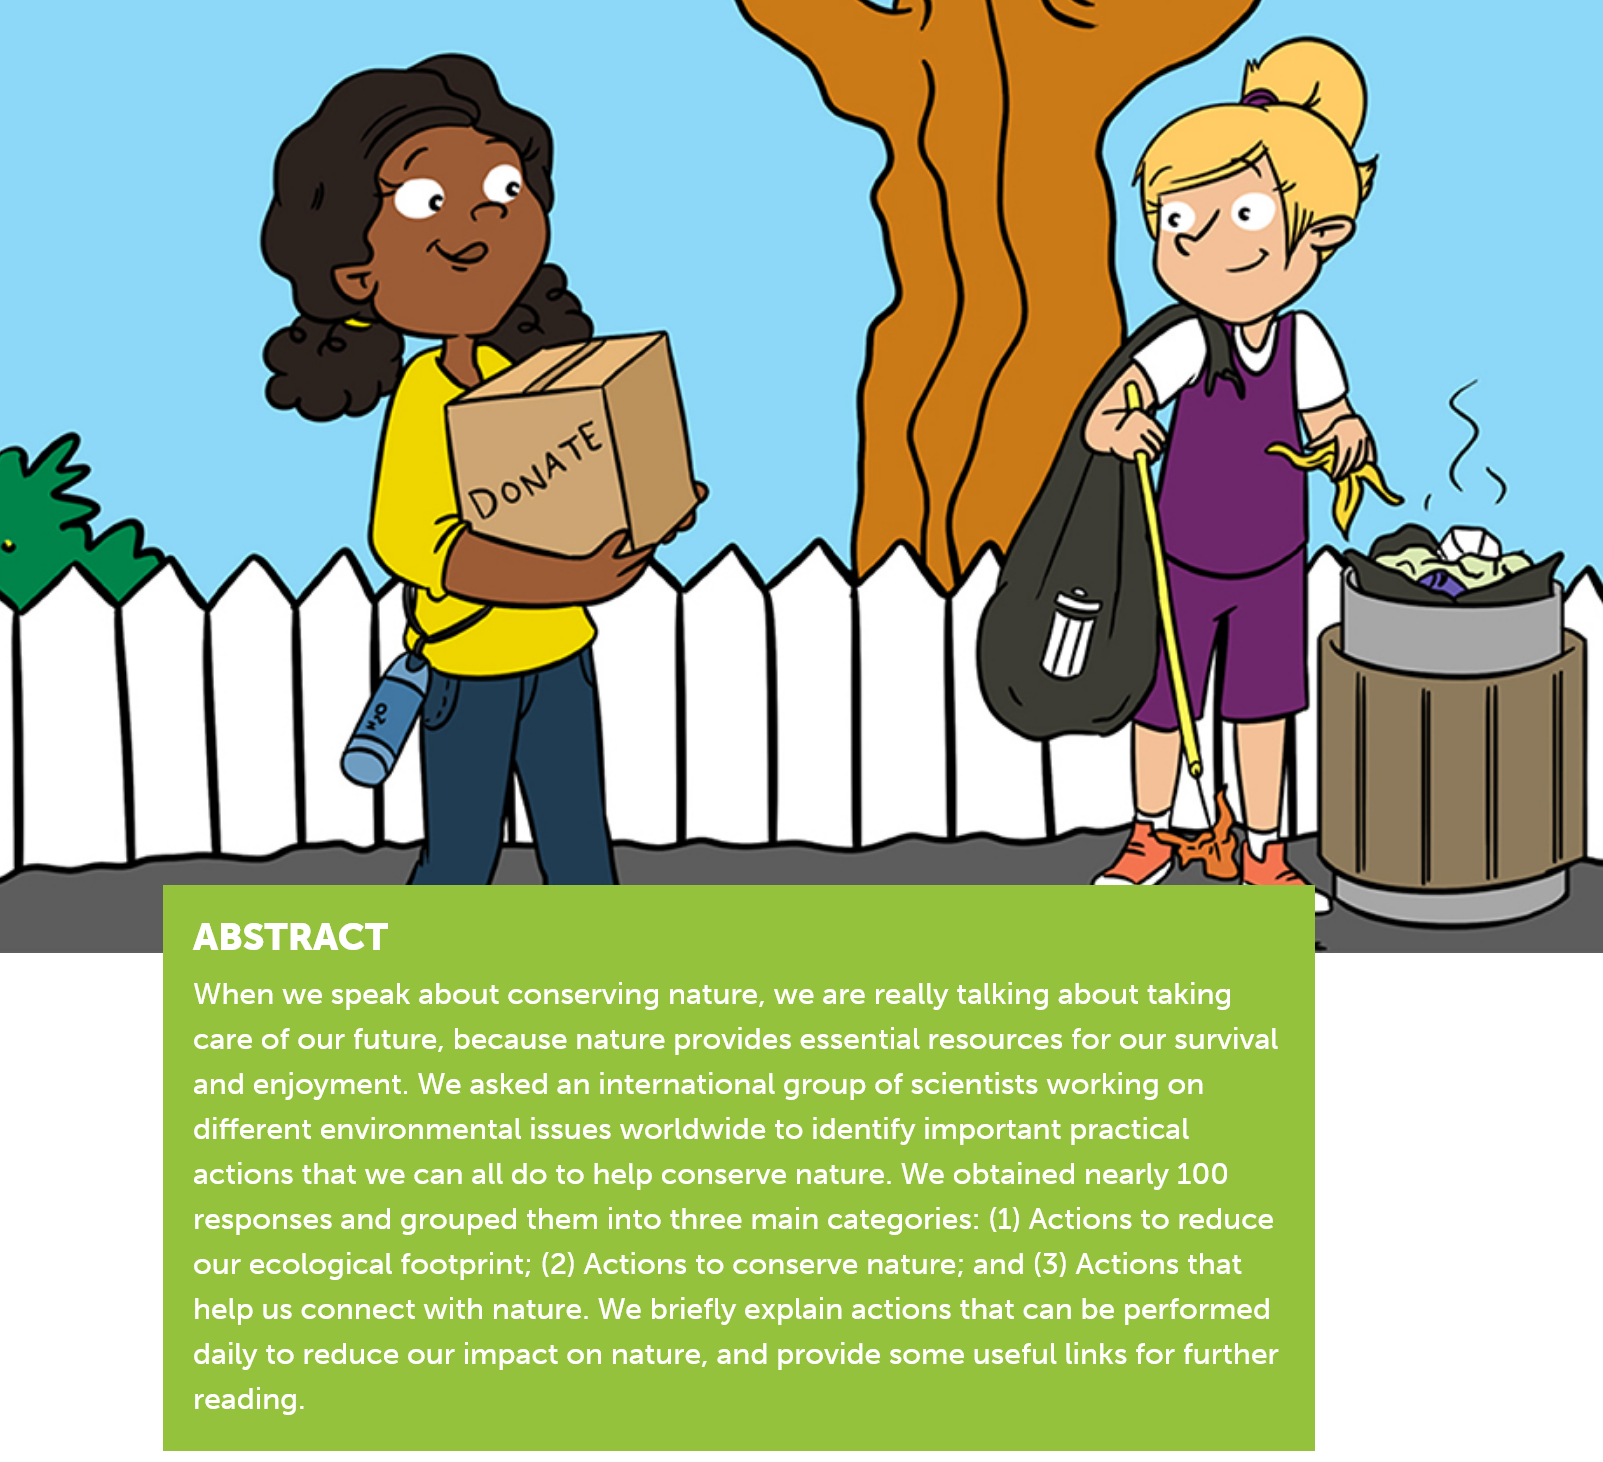
ABSTRACT
     When we speak about conserving nature, we are really talking about taking
     care of our future, because nature provides essential resources for our survival
     and enjoyment. We asked an international group of scientists working on
     different environmental issues worldwide to identify important practical
     actions that we can all do to help conserve nature. We obtained nearly 100
     responses and grouped them into three main categories: (1) Actions to reduce
     our ecological footprint; (2) Actions to conserve nature; and (3) Actions that
     help us connect with nature. We briefly explain actions that can be performed
     daily to reduce our impact on nature, and provide some useful links for further
     reading.